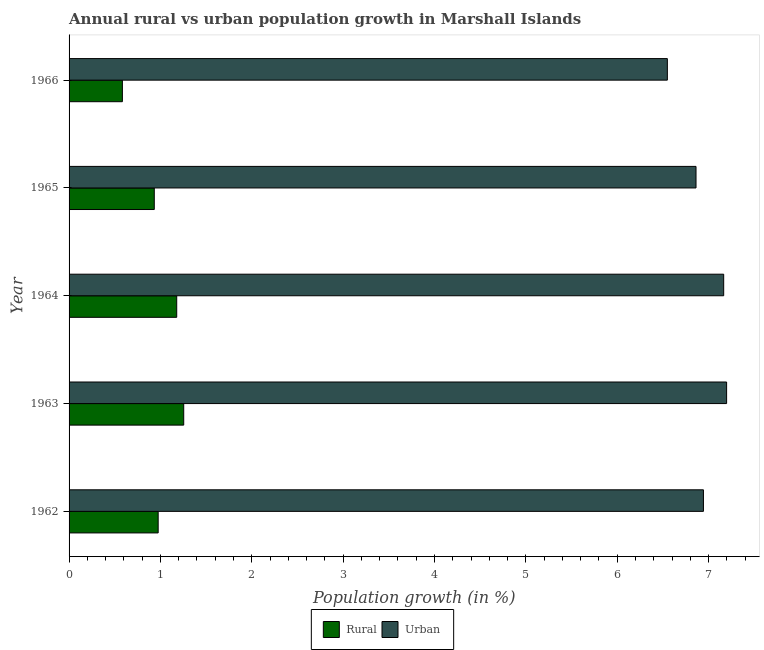
| Year | Rural | Urban  |
 | --- | --- | --- |
 | 1962 | 0.975 | 6.94 |
 | 1963 | 1.25 | 7.2 |
 | 1964 | 1.18 | 7.17 |
 | 1965 | 0.933 | 6.86 |
 | 1966 | 0.584 | 6.55 |